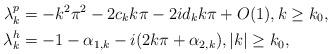
LaTeX: \begin{align*}\lambda^p_k &= -k^2\pi^2 -2c_k k\pi -2id_k k\pi + O(1), k\geq k_0 , \\\lambda^h_k &= -1-\alpha_{1,k} -i(2k\pi +\alpha_{2,k}), |k|\geq k_0 , \end{align*}